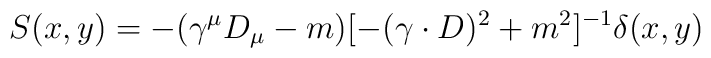
S(x,y) =-(\gamma^{\mu}D_{\mu} - m)[-(\gamma\cdot D)^{2} +m^{2}]^{-1}\delta(x,y)